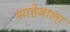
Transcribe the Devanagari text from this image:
साहेबाला